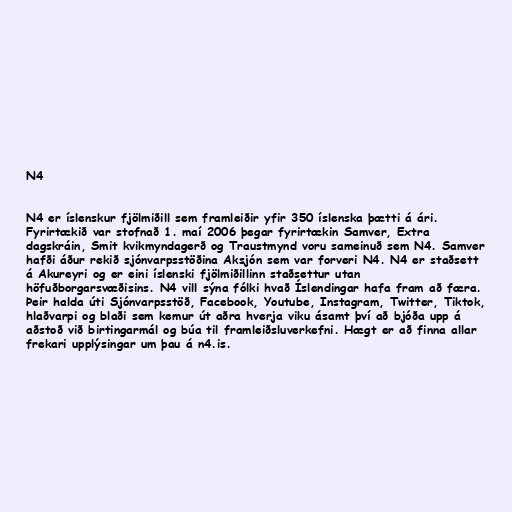
N4

N4 er íslenskur fjölmiðill sem framleiðir yfir 350 íslenska þætti á ári.
Fyrirtækið var stofnað 1. maí 2006 þegar fyrirtækin Samver, Extra
dagskráin, Smit kvikmyndagerð og Traustmynd voru sameinuð sem N4. Samver
hafði áður rekið sjónvarpsstöðina Aksjón sem var forveri N4. N4 er staðsett
á Akureyri og er eini íslenski fjölmiðillinn staðsettur utan
höfuðborgarsvæðisins. N4 vill sýna fólki hvað Íslendingar hafa fram að færa.
Þeir halda úti Sjónvarpsstöð, Facebook, Youtube, Instagram, Twitter, Tiktok,
hlaðvarpi og blaði sem kemur út aðra hverja viku ásamt því að bjóða upp á
aðstoð við birtingarmál og búa til framleiðsluverkefni. Hægt er að finna allar
frekari upplýsingar um þau á n4.is.